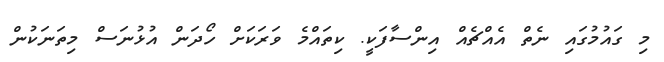
މި ގައުމުގައި ނެތް އެއްޗެއް އިންސާފަކީ. ކިތައްމެ ވަރަކަށް ހޯދަން އުޅުނަސް މިތަނަކުން